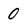
Character: 0